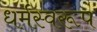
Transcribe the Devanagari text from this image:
धर्मस्वरूप